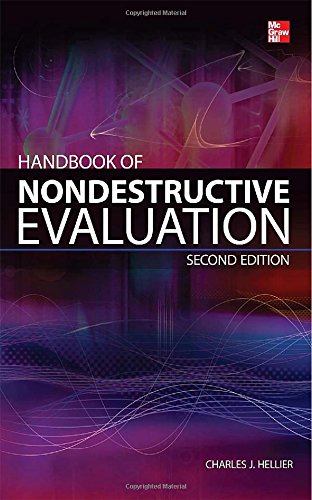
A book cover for Handbook of Nondestructive Evaluation, Second Edition; Chuck Hellier; Science & Math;